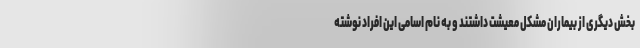
بخش دیگری از بیماران مشکل معیشت داشتند و به نام اسامی این افراد نوشته